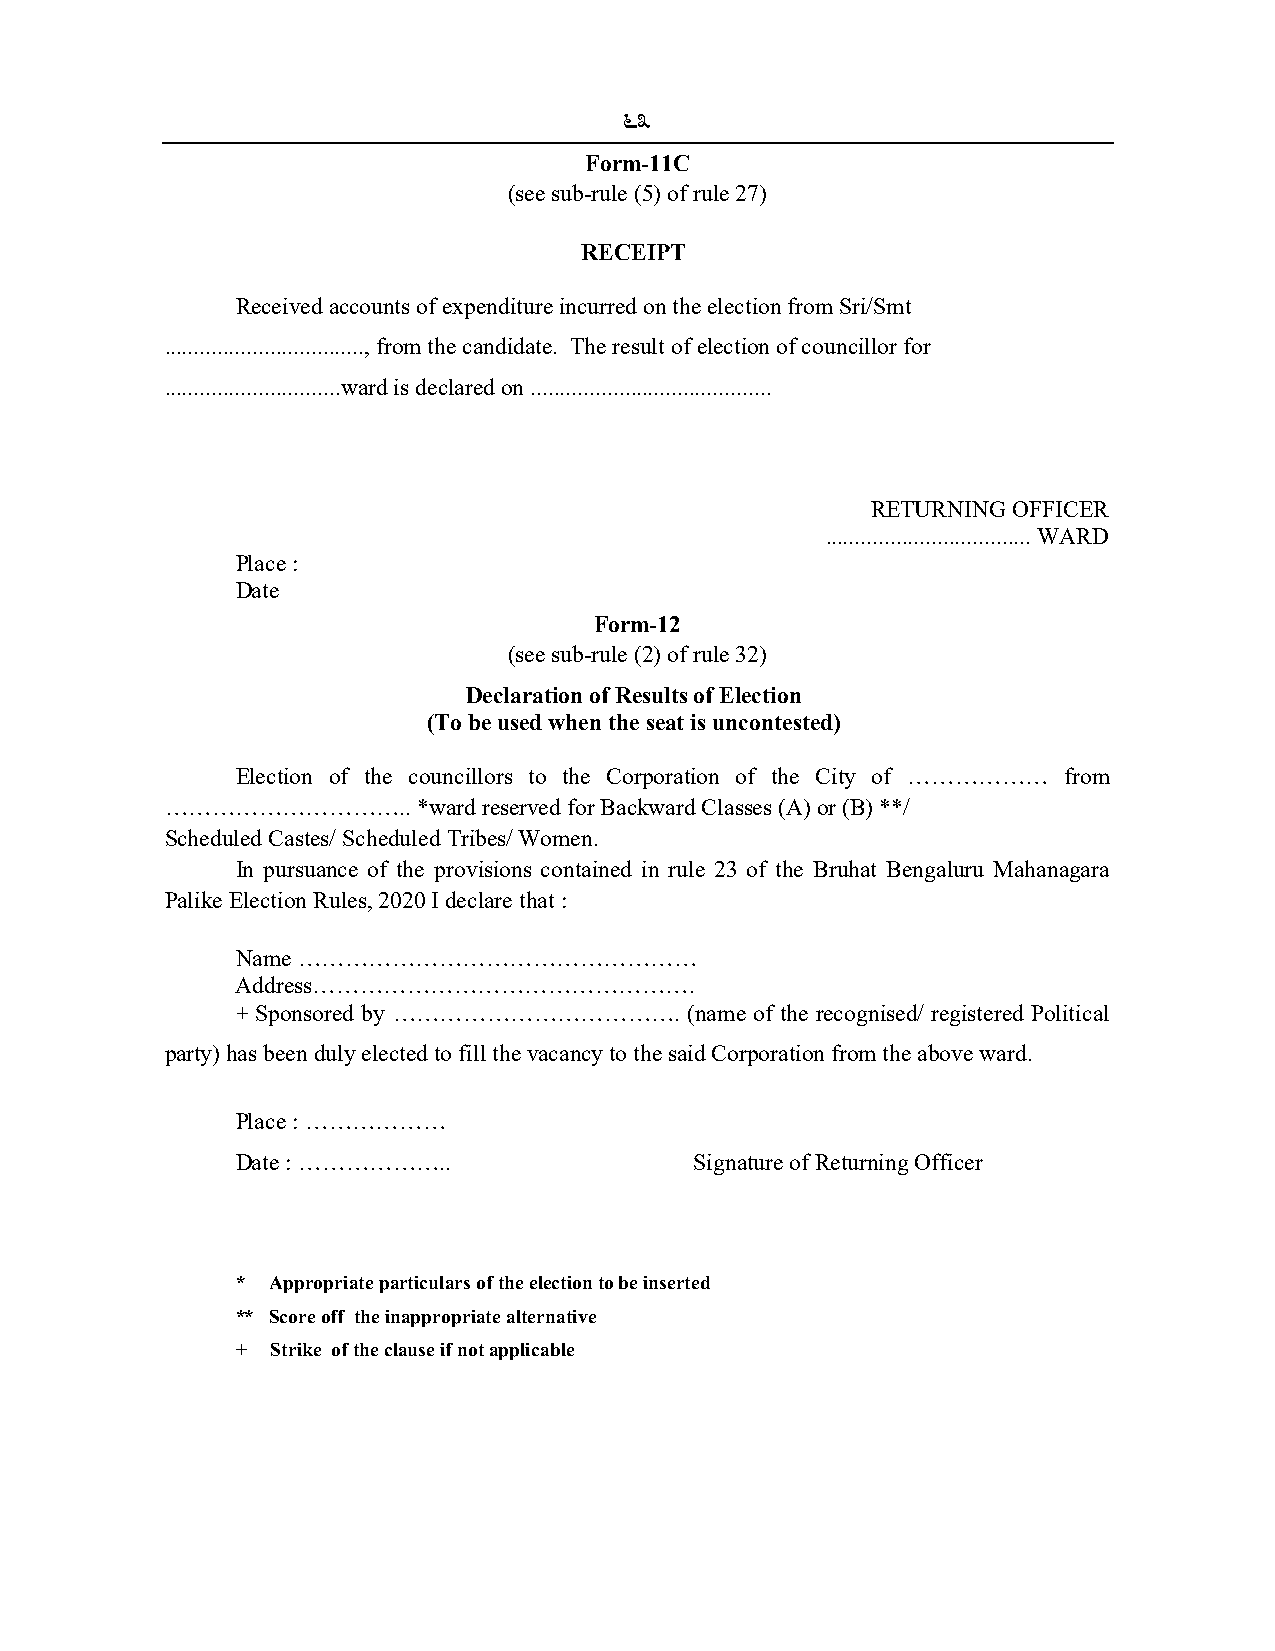
63
 Form-11C
 (see sub-rule (5) of rule 27)
 RECEIPT
 Received accounts of expenditure incurred on the election from Sri/Smt
 .................................., from the candidate. The result of election of councillor for
 ..............................ward is declared on .........................................
 RETURNING OFFICER
 ................................... WARD
 Place :
 Date
 Form-12
 (see sub-rule (2) of rule 32)
 Declaration of Results of Election
 (To be used when the seat is uncontested)
 Election of the councillors to the Corporation of the City of ……………… from
 …………………………..     *ward reserved for Backward Classes (A) or (B) **/
 Scheduled Castes/ Scheduled Tribes/ Women.
 In pursuance of the provisions contained in rule 23 of the Bruhat Bengaluru Mahanagara
 Palike Election Rules, 2020 I declare that :
 Name ……………………………………………
 Address………………………………………….
 + Sponsored by ……………………………….  (name of the recognised/ registered Political
 party) has been duly elected to fill the vacancy to the said Corporation from the above ward.
 Place : ………………
 Date : ………………..               Signature of Returning Officer
 * Appropriate particulars of the election to be inserted
 ** Score off the inappropriate alternative
 + Strike of the clause if not applicable